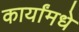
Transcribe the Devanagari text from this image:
कार्यांमधे